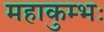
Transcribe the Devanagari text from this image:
महाकुम्भः